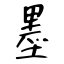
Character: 墨